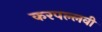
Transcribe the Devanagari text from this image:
करपल्लवी